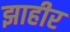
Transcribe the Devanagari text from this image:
झाहीर